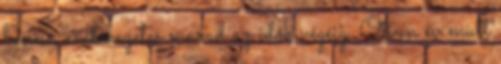
benne, emlékezetes marad az idők végéig. Ötven év mult